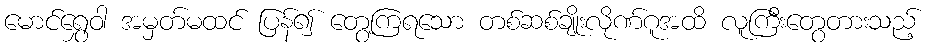
မောင်ရွှေဝါ အမှတ်မထင် ပြန်၍ တွေ့ကြရသော တစ်ဆစ်ချိုးလိုဏ်ဂူအထိ လူကြီးတွေတားသည့်